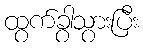
ထွက်ခွာသွားပြီး